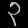
Digit: ၃